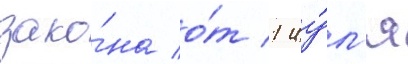
зако́на о́т 1 иу́л'я